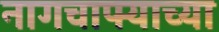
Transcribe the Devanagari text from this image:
नागचाफ्याच्या